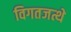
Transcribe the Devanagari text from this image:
विगतजत्थे